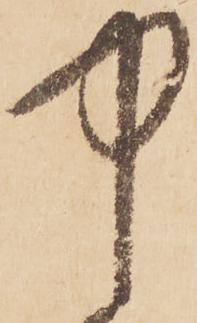
中